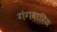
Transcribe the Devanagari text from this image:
गंगवारिय